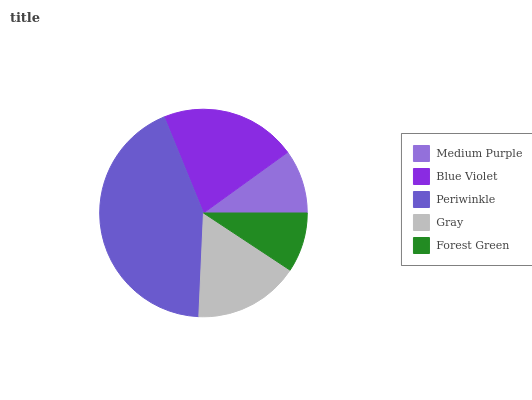
| Medium Purple | Blue Violet | Periwinkle | Gray | Forest Green |
 | --- | --- | --- | --- | --- |
 | 9.96% | 21.2% | 43.2% | 16.4% | 9.29% |